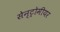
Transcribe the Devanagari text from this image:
सेन्ट्रोमीयर